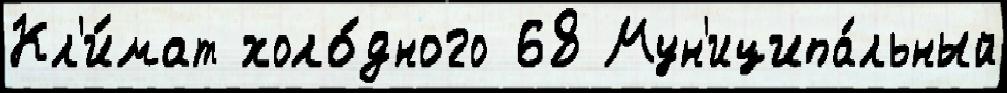
Кл'и́мат холо́дного 68 Мун'иципа́льный